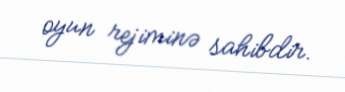
oyun rejiminə sahibdir.